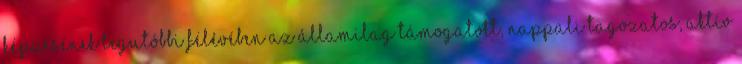
képzésének legutóbbi félévében az államilag támogatott, nappali tagozatos, aktív